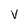
Character: v